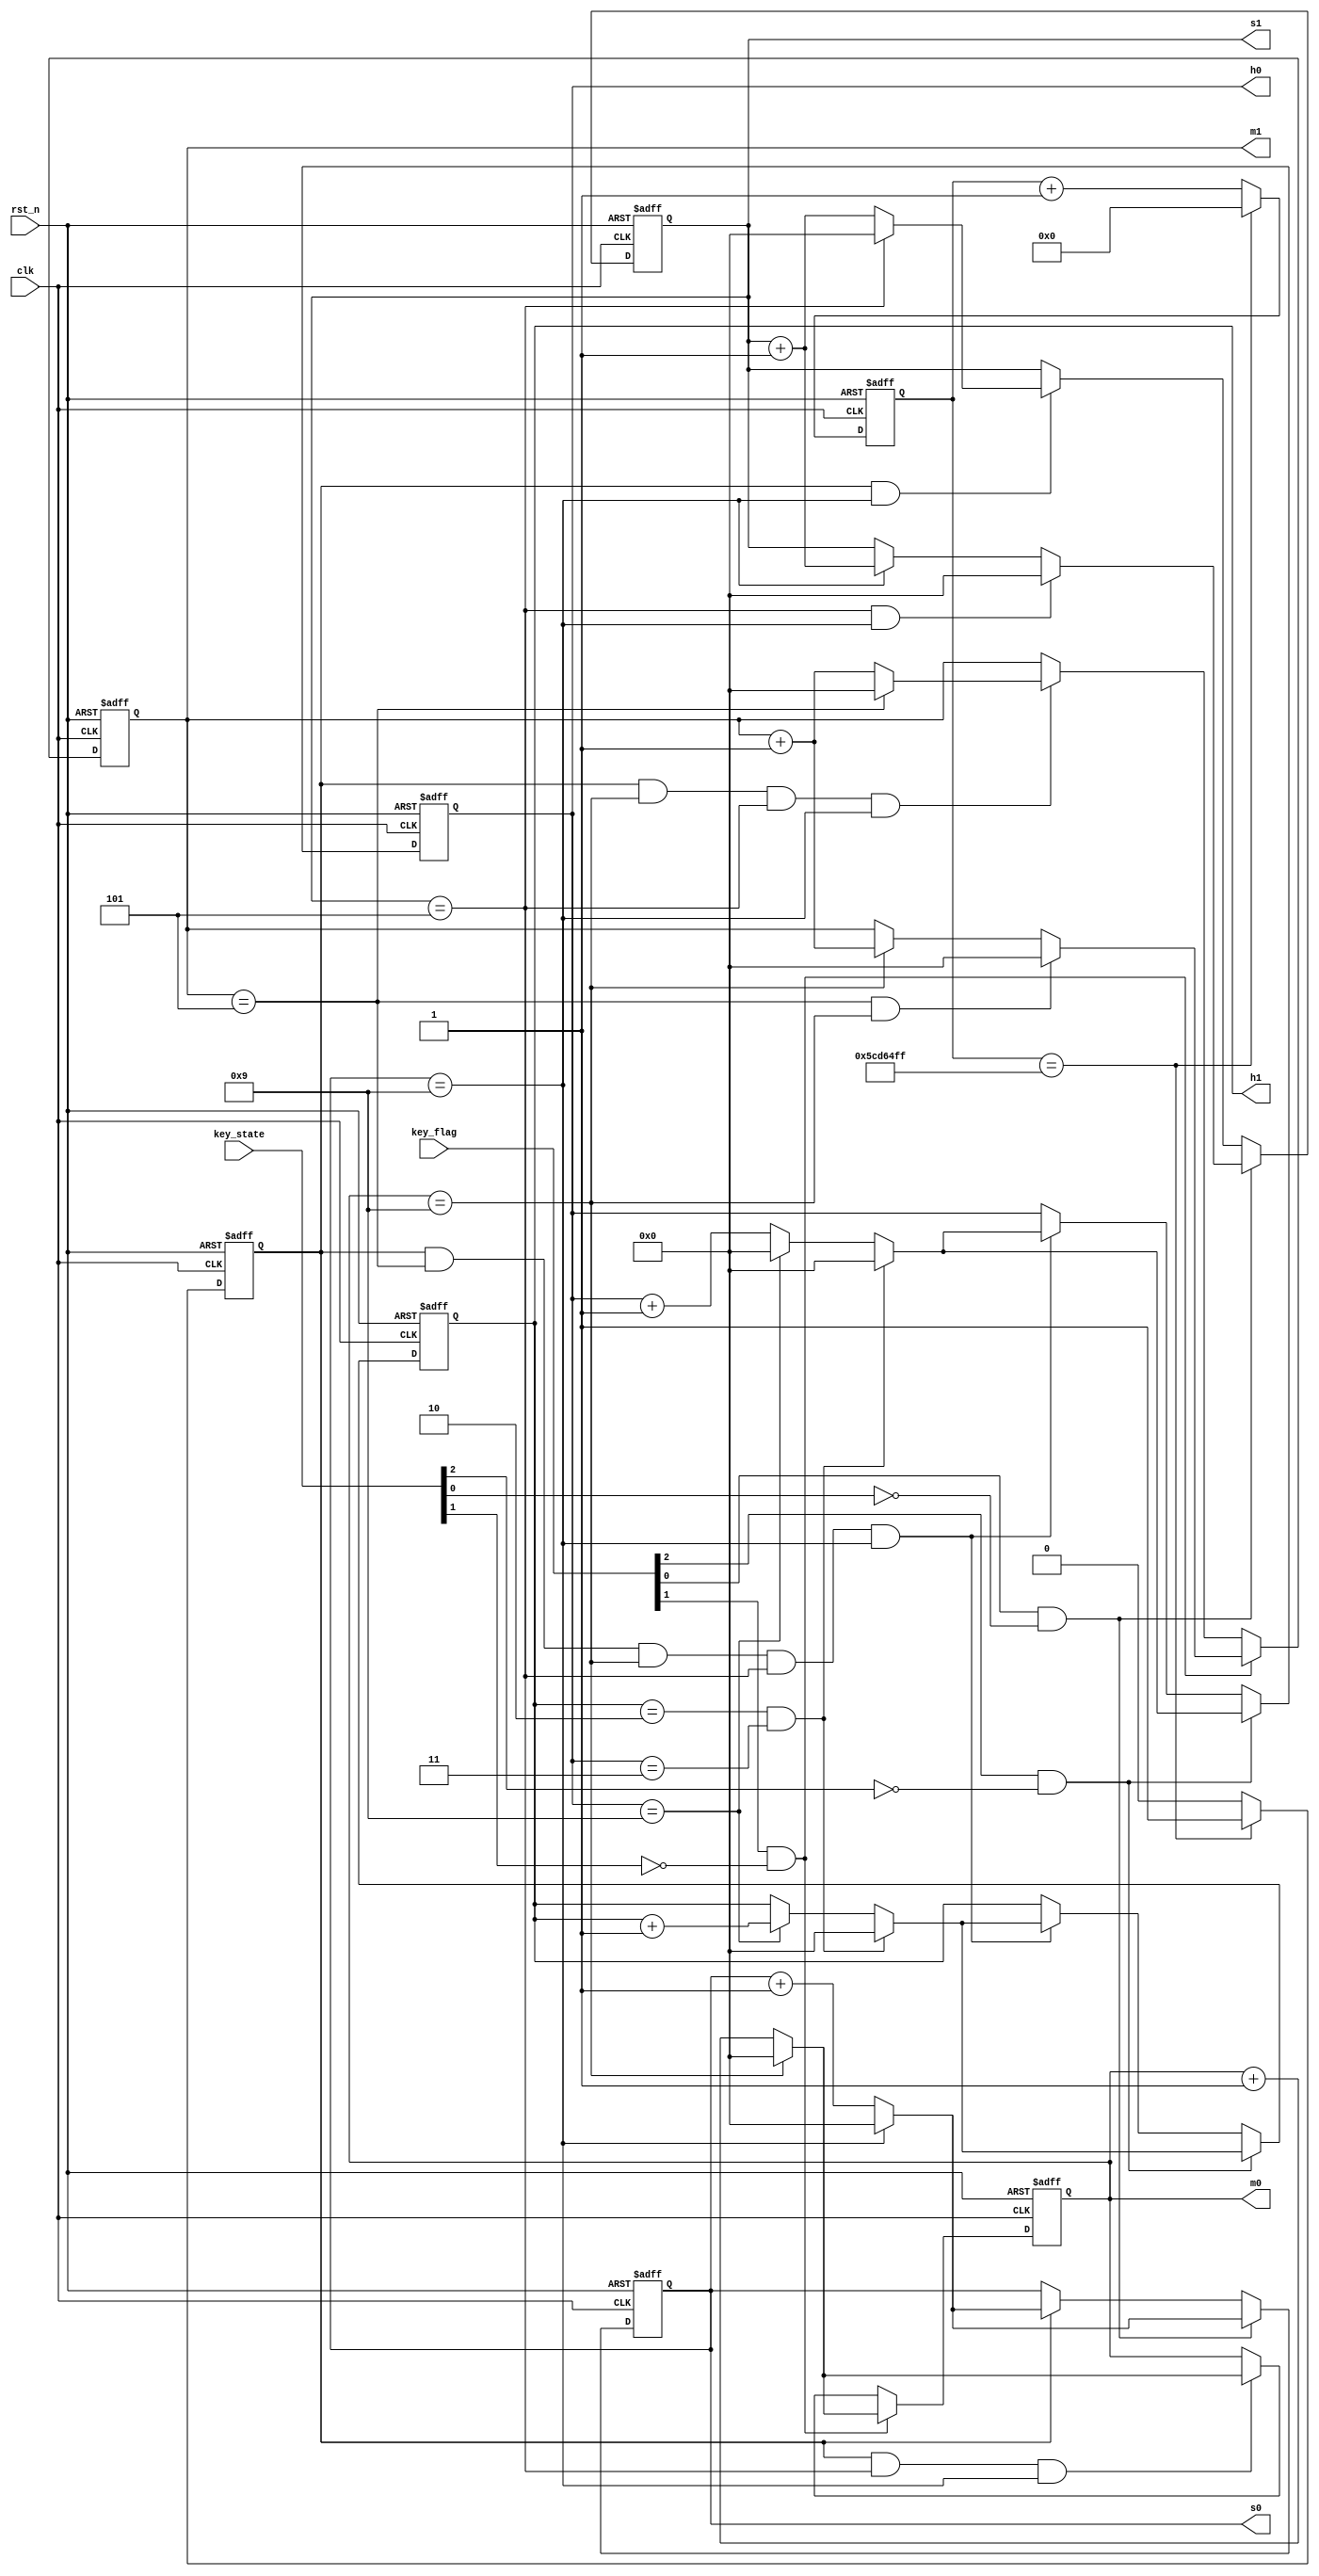
module time_module(
    input clk,
    input rst_n,
    input [2:0] key_flag,
    input [2:0] key_state,
    output reg [3:0] s0,
    output reg [3:0] s1,
    output reg [3:0] m0,
    output reg [3:0] m1,
    output reg [3:0] h0,
    output reg [3:0] h1
);

reg [26:0] cnt;
reg clk_1hz;

always @(posedge clk or negedge rst_n)
    if (!rst_n) begin
        cnt <= 27'd0;
        clk_1hz <= 1'b0;
    end
    else if (cnt == 27'd499999999) begin
        cnt <= 27'd0;
        clk_1hz <= 1'b1;
    end
    else begin
        cnt <= cnt + 1'b1;
        clk_1hz <= 1'b0;
    end

always @(posedge clk or negedge rst_n)
    if (!rst_n)
        s0 <= 4'd3;
    else if (key_flag[0] && !key_state[0]) begin
        if (s0 == 4'd9)
            s0 <= 4'd0;
        else
            s0 <= s0 + 1'b1;
    end
    else if (clk_1hz) begin
        if (s0 == 4'd9)
            s0 <= 4'd0;
        else
            s0 <= s0 + 1'b1;
    end

always @(posedge clk or negedge rst_n)
    if (!rst_n)
        s1 <= 4'd5;
    else if (key_flag[0] && !key_state[0]) begin
        if(s1 == 4'd5 && s0 == 4'd9)
            s1 <= 4'd0;
        else if (s0 == 4'd9)
            s1 <= s1 + 1'b1;
    end
    else if (clk_1hz && s0 == 4'd9) begin
        if(s1 == 4'd5)
            s1 <= 4'd0;
        else
            s1 <= s1 + 1'b1;
    end

always @(posedge clk or negedge rst_n)
    if (!rst_n)
        m0 <= 4'd9;
    else if (key_flag[1] && !key_state[1]) begin
        if(m0 == 4'd9)
            m0 <= 4'd0;
        else
            m0 <= m0 + 1'b1;
    end
    else if (clk_1hz && s1 == 4'd5 && s0 == 4'd9) begin
        if(m0 == 4'd9)
            m0 <= 4'd0;
        else
            m0 <= m0 + 1'b1;
    end

always @(posedge clk or negedge rst_n)
    if (!rst_n)
        m1 <= 4'd5;
    else if (key_flag[1] && !key_state[1]) begin
        if(m1 == 4'd5 && m0 == 4'd9)
            m1 <= 4'd0;
        else if (m0 == 4'd9)
            m1 <= m1 + 1'b1;
    end
    else if (clk_1hz && m0 == 4'd9 && s1 == 4'd5 && s0 == 4'd9) begin
        if(m1 == 4'd5)
            m1 <= 4'd0;
        else
            m1 <= m1 + 1'b1;
    end

always @(posedge clk or negedge rst_n)
    if (!rst_n) begin
        h0 <= 4'd0;
        h1 <= 4'd0;
    end
    else if (key_flag[2] && !key_state[2]) begin
        if(h1 == 4'd2 && h0 == 4'd3) begin
            h1 <= 4'd0;
            h0 <= 4'd0;
        end
        else if (h0 == 4'd9) begin
            h1 <= h1 + 1'b1;
            h0 <= 4'd0;
        end
        else
            h0 <= h0 + 1'b1;
    end
    else if (clk_1hz && m1 == 4'd5 && m0 == 4'd9 && s1 == 4'd5 && s0 == 4'd9) begin
        if(h1 == 4'd2 && h0 == 4'd3) begin
            h1 <= 4'd0;
            h0 <= 4'd0;
        end
        else if(h0 == 4'd9) begin
            h1 <= h1 + 1'b1;
            h0 <= 4'd0;
        end
        else
            h0 <= h0 + 1'b1;
    end

endmodule